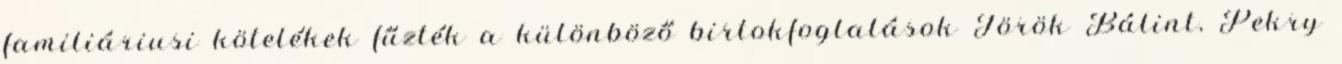
familiáriusi kötelékek fűzték a különböző birtokfoglalások Török Bálint, Pekry